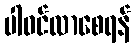
ပါဝင်လာစေရန်